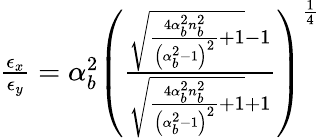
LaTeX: \begin{array}{r}{\frac{\epsilon_{x}}{\epsilon_{y}}=\alpha_{b}^{2}\left(\frac{\sqrt{\frac{4\alpha_{b}^{2}n_{b}^{2}}{\left(\alpha_{b}^{2}-1\right)^{2}}+1}-1}{\sqrt{\frac{4\alpha_{b}^{2}n_{b}^{2}}{\left(\alpha_{b}^{2}-1\right)^{2}}+1}+1}\right)^{\frac{1}{4}}}\end{array}